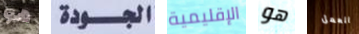
هو الجودة الإقليمية هو العمل